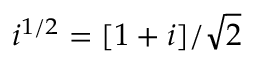
i ^ { 1 / 2 } = [ 1 + i ] / \sqrt { 2 }